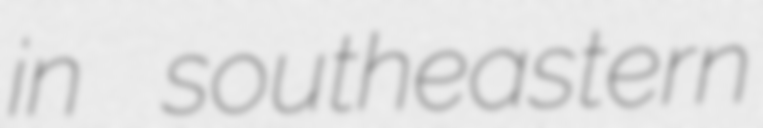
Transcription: in southeastern